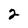
Character: 2